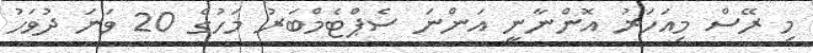
މި ރޭސް މިއަހަރު އޮންނާނީ އަންނަ ސެޕްޓެމްބަރު މަހުގެ 20 ވަނަ ދުވަހު